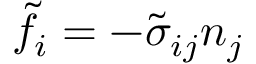
\tilde { f } _ { i } = - \tilde { \sigma } _ { i j } n _ { j }